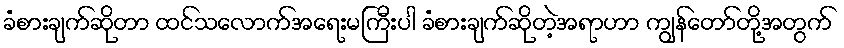
ခံစားချက်ဆိုတာ ထင်သလောက်အရေးမကြီးပါ ခံစားချက်ဆိုတဲ့အရာဟာ ကျွန်တော်တို့အတွက်